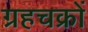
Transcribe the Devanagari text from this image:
ग्रहचक्रों